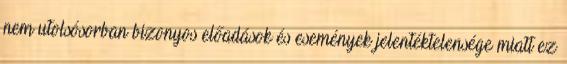
nem utolsósorban bizonyos előadások és események jelentéktelensége miatt ez